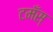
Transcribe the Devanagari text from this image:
टमँस्